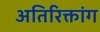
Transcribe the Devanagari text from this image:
अतिरिक्तांग